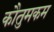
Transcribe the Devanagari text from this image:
कौतुमकम